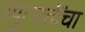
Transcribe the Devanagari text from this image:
व्युत्पत्तींचा